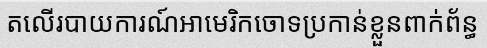
តលើរបាយការណ៍អាមេរិកចោទប្រកាន់ខ្លួនពាក់ព័ន្ធ